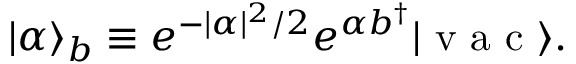
| \alpha \rangle _ { b } \equiv e ^ { - | \alpha | ^ { 2 } / 2 } e ^ { \alpha b ^ { \dagger } } | \mathrm { ~ v ~ a ~ c ~ } \rangle .